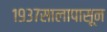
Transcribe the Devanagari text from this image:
१९३७सालापासून